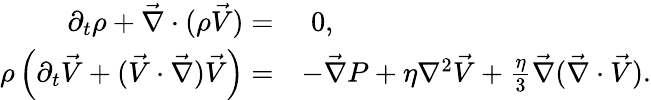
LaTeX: \begin{array}{rl}{\partial_{t}\rho+\vec{\nabla}\cdot(\rho\vec{V})=}&{\, \, 0,}\\ {\rho\left(\partial_{t}\vec{V}+(\vec{V}\cdot\vec{\nabla})\vec{V}\right)=}&{-\vec{\nabla}P+\eta\nabla^{2}\vec{V}+\frac{\eta}{3}\vec{\nabla}(\vec{\nabla}\cdot\vec{V}).}\end{array}